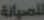
للصيانة